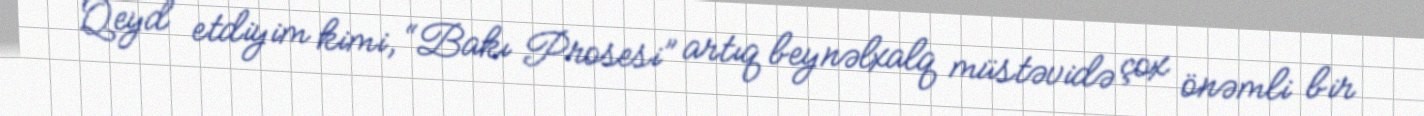
Qeyd etdiyim kimi, “Bakı Prosesi” artıq beynəlxalq müstəvidə çox önəmli bir